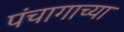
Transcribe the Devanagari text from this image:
पंचागाच्या